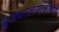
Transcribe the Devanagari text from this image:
मुख्यालयांचापण